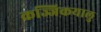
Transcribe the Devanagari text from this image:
कज्जिकयालु